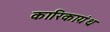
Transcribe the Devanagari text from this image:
कारिकाग्रंथ